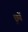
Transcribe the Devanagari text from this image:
छुयें